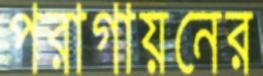
পরাগায়নের